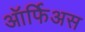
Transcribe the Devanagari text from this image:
ऑर्फिअस